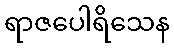
ရာဇပေါရိသေန